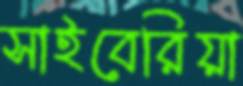
সাইবেরিয়া